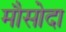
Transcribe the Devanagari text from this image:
मौसोदा